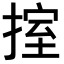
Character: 𢯶